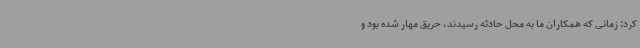
کرد: زمانی که همکاران ما به محل حادثه رسیدند، حریق مهار شده بود و